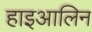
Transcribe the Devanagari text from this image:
हाइआलिन